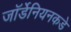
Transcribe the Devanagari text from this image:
जॉर्डेनियनकडे